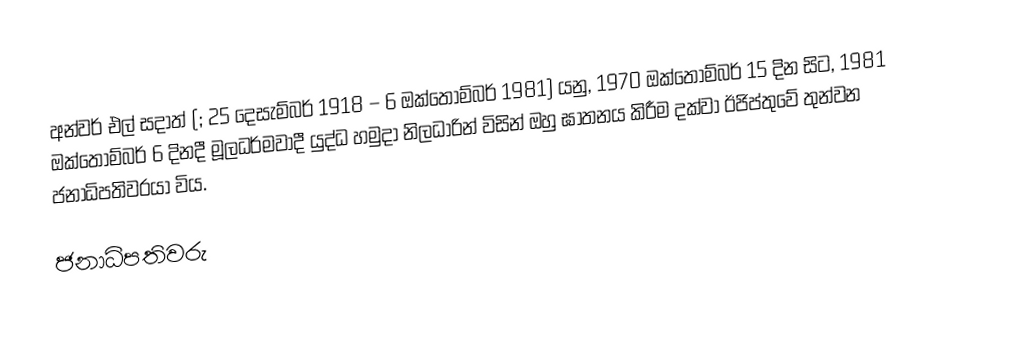
අන්වර් එල් සදාත් (;     25 දෙසැම්බර් 1918 – 6 ඔක්තොම්බර් 1981) යනු, 1970 ඔක්තොම්බර් 15 දින සිට, 1981 ඔක්තොම්බර් 6 දිනදී මූලධර්මවාදී යුද්ධ හමුදා නිලධාරින් විසින් ඔහු ඝාතනය කිරීම දක්වා ඊජිප්තුවේ තුන්වන ජනාධිපතිවරයා විය.

ජනාධිපතිවරු